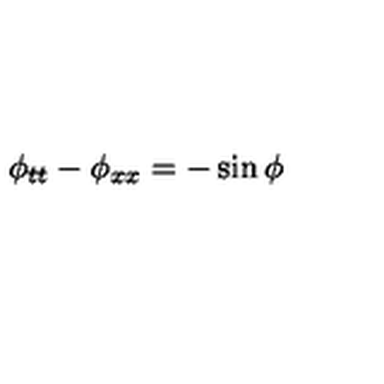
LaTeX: \phi _ { t t } - \phi _ { x x } = - \sin \phi